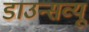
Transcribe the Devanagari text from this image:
डाउन्सव्यू